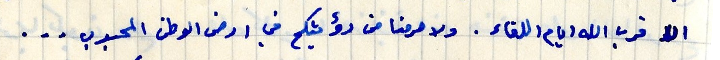
الل قرب الله ايام اللقاء. ولا حرمنا من رؤيتكم في ارض الوطن المحبوب...